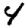
Digit: 4